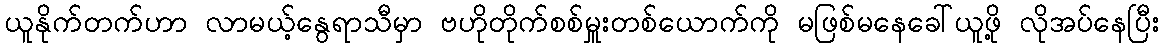
ယူနိုက်တက်ဟာ လာမယ့်နွေရာသီမှာ ဗဟိုတိုက်စစ်မှူးတစ်ယောက်ကို မဖြစ်မနေခေါ်ယူဖို့ လိုအပ်နေပြီး